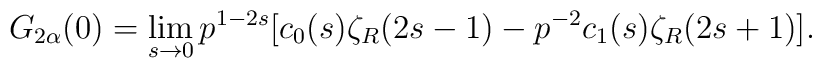
G_{2\alpha}(0)=\lim_{s\to 0}p^{1-2s}[c_0(s)\zeta_R(2s-1)-p^{-2}c_1(s)\zeta_R(2s+1)]{.}